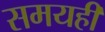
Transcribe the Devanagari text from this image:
समयही